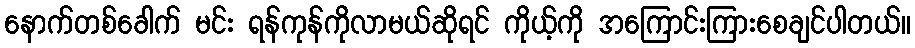
နောက်တစ်ခေါက် မင်း ရန်ကုန်ကိုလာမယ်ဆိုရင် ကိုယ့်ကို အကြောင်းကြားစေချင်ပါတယ်။